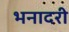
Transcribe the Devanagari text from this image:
भनादरी